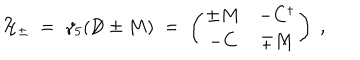
{ \cal H } _ { \pm } \; = \; \gamma _ { 5 } ( \not \! \! D \pm M ) \; = \; \left( \begin{array} { c c } { { \pm M } } & { { - C ^ { \dagger } } } \\ { { - C } } & { { \mp M } } \\ \end{array} \right) \; ,